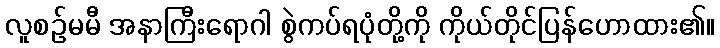
လူစဉ်မမီ အနာကြီးရောဂါ စွဲကပ်ရပုံတို့ကို ကိုယ်တိုင်ပြန်ဟောထား၏။